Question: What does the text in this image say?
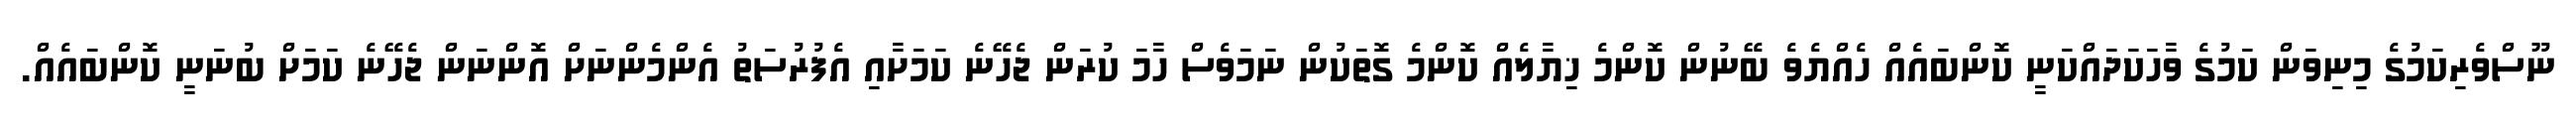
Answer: ނޫސްވެރިކަމުގެ މިނިވަން ކަމުގެ ވާހަކަދައްކަނީ ކޮންބައެއް ހެއްޔެވެ ބޭނުން ކޮންމެ ޚިޔާލެއް ކޮންމެ ގޮތަކުން ނަމަވެސް ހާމަ ކުރަން ޖެހޭނެ ކަމަށާއި އެފުރުސަތު އެންމެންނަށް އޮންނަން ޖެހޭނެ ކަމަށް ބުނަނީ ކޮންބައެއް.